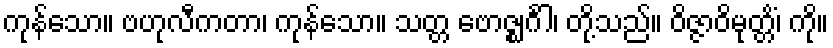
ကုန်သော။ ဗဟုလီကတာ၊ ကုန်သော။ သတ္တ ဗောဇ္ဈင်္ဂါ၊ တို့သည်။ ဝိဇ္ဇာဝိမုတ္တိံ၊ ကို။